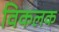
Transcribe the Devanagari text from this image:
विकलक